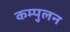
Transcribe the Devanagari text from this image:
कम्पुलन